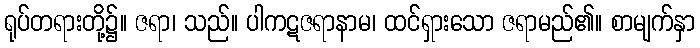
ရုပ်တရားတို့၌။ ဇရာ၊ သည်။ ပါကဋဇရာနာမ၊ ထင်ရှားသော ဇရာမည်၏။ စာမျက်နှာ